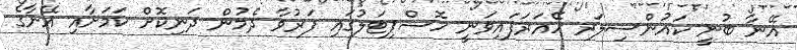
އޭނާ ބުނީ ކައުންސިލަރ ހޭއަރަފައިވަނީ ހޮސްޕިޓަލުގައި ފަރުވާ ދެމުން ދަނިކޮށް ކަމަށާއި އޭނާގެ